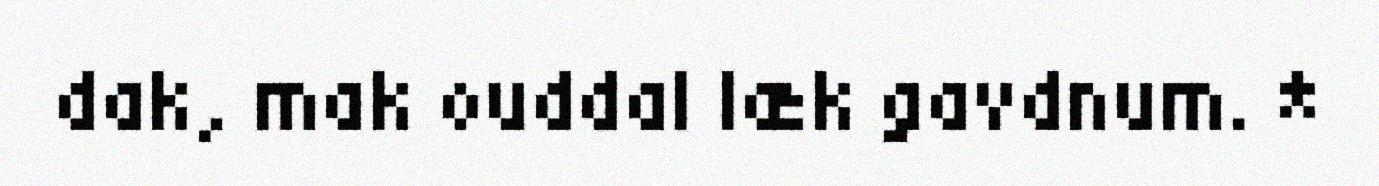
dak, mak ouddal læk gavdnum. *